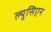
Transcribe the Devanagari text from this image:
ल्युसिएन